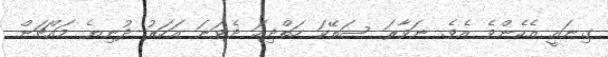
ގިނައީ އެހެންވެ އެވެ. ނަވާރަ ސަތޭކަ ހަތްދިހަ ދެވަނަ އަހަރު ދުނިޔެ މައްޗަށް